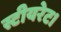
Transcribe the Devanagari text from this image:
स्टीयरेट।